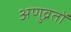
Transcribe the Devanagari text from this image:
अणुव्रतों